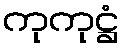
ကုကုဋ္ဌံ